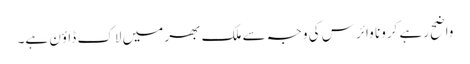
واضح رہے کرونا وائرس کی وجہ سے ملک بھر میں لاک ڈاؤن ہے۔